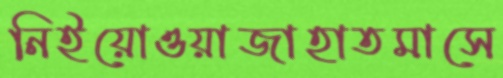
নিইয়োওয়াজাহাতমাসে